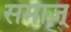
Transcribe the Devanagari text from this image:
समाज्